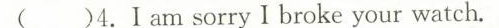
( )4.I am sorry I broke your watch.